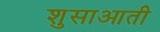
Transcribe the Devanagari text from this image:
शुसाआती